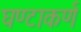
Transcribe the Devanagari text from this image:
घण्टाकर्ण